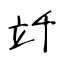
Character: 竏